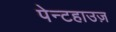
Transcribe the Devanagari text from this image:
पेन्टहाउज़